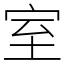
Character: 室